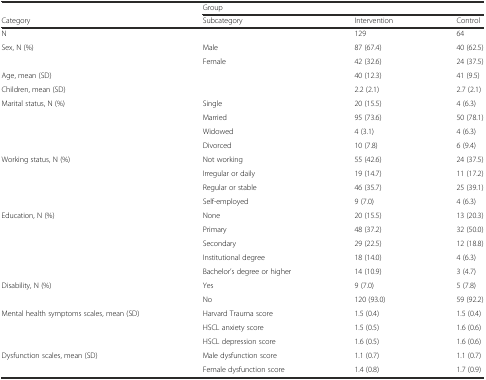
<table><thead><tr><td></td><td colspan="3"><b>Group</b></td></tr><tr><td><b>Category</b></td><td><b>Subcategory</b></td><td><b>Intervention</b></td><td><b>Control</b></td></tr></thead><tbody><tr><td>N</td><td></td><td>129</td><td>64</td></tr><tr><td>Sex, N (%)</td><td>Male</td><td>87 (67.4)</td><td>40 (62.5)</td></tr><tr><td></td><td>Female</td><td>42 (32.6)</td><td>24 (37.5)</td></tr><tr><td>Age, mean (SD)</td><td></td><td>40 (12.3)</td><td>41 (9.5)</td></tr><tr><td>Children, mean (SD)</td><td></td><td>2.2 (2.1)</td><td>2.7 (2.1)</td></tr><tr><td>Marital status, N (%)</td><td>Single</td><td>20 (15.5)</td><td>4 (6.3)</td></tr><tr><td></td><td>Married</td><td>95 (73.6)</td><td>50 (78.1)</td></tr><tr><td></td><td>Widowed</td><td>4 (3.1)</td><td>4 (6.3)</td></tr><tr><td></td><td>Divorced</td><td>10 (7.8)</td><td>6 (9.4)</td></tr><tr><td>Working status, N (%)</td><td>Not working</td><td>55 (42.6)</td><td>24 (37.5)</td></tr><tr><td></td><td>Irregular or daily</td><td>19 (14.7)</td><td>11 (17.2)</td></tr><tr><td></td><td>Regular or stable</td><td>46 (35.7)</td><td>25 (39.1)</td></tr><tr><td></td><td>Self-employed</td><td>9 (7.0)</td><td>4 (6.3)</td></tr><tr><td>Education, N (%)</td><td>None</td><td>20 (15.5)</td><td>13 (20.3)</td></tr><tr><td></td><td>Primary</td><td>48 (37.2)</td><td>32 (50.0)</td></tr><tr><td></td><td>Secondary</td><td>29 (22.5)</td><td>12 (18.8)</td></tr><tr><td></td><td>Institutional degree</td><td>18 (14.0)</td><td>4 (6.3)</td></tr><tr><td></td><td>Bachelor’s degree or higher</td><td>14 (10.9)</td><td>3 (4.7)</td></tr><tr><td>Disability, N (%)</td><td>Yes</td><td>9 (7.0)</td><td>5 (7.8)</td></tr><tr><td></td><td>No</td><td>120 (93.0)</td><td>59 (92.2)</td></tr><tr><td>Mental health symptoms scales, mean (SD)</td><td>Harvard Trauma score</td><td>1.5 (0.4)</td><td>1.5 (0.4)</td></tr><tr><td></td><td>HSCL anxiety score</td><td>1.5 (0.5)</td><td>1.6 (0.6)</td></tr><tr><td></td><td>HSCL depression score</td><td>1.6 (0.5)</td><td>1.6 (0.6)</td></tr><tr><td>Dysfunction scales, mean (SD)</td><td>Male dysfunction score</td><td>1.1 (0.7)</td><td>1.1 (0.7)</td></tr><tr><td></td><td>Female dysfunction score</td><td>1.4 (0.8)</td><td>1.7 (0.9)</td></tr></tbody></table>